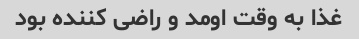
غذا به وقت اومد و راضی کننده بود